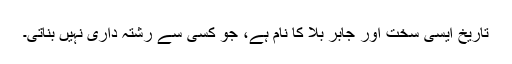
تاریخ ایسی سخت اور جابر بلا کا نام ہے، جو کسی سے رشتہ داری نہیں بناتی۔